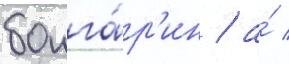
болга́р'ин / а́ /